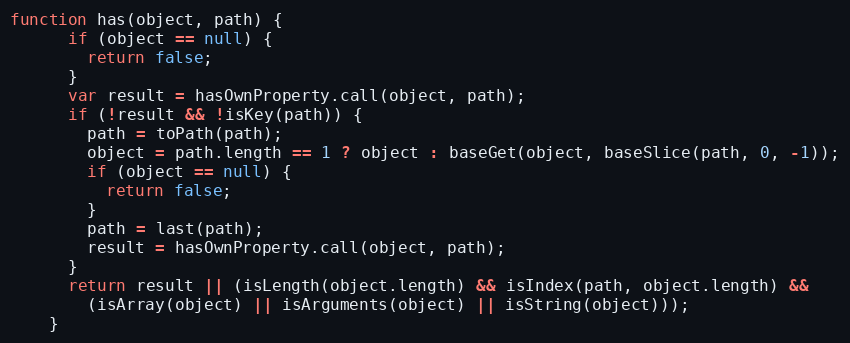
Language: JavaScript
function has(object, path) {
      if (object == null) {
        return false;
      }
      var result = hasOwnProperty.call(object, path);
      if (!result && !isKey(path)) {
        path = toPath(path);
        object = path.length == 1 ? object : baseGet(object, baseSlice(path, 0, -1));
        if (object == null) {
          return false;
        }
        path = last(path);
        result = hasOwnProperty.call(object, path);
      }
      return result || (isLength(object.length) && isIndex(path, object.length) &&
        (isArray(object) || isArguments(object) || isString(object)));
    }